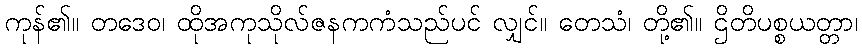
ကုန်၏။ တဒေဝ၊ ထိုအကုသိုလ်ဇနကကံသည်ပင် လျှင်။ တေသံ၊ တို့၏။ ဌိတိပစ္စယတ္တာ၊